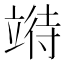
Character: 𫁧